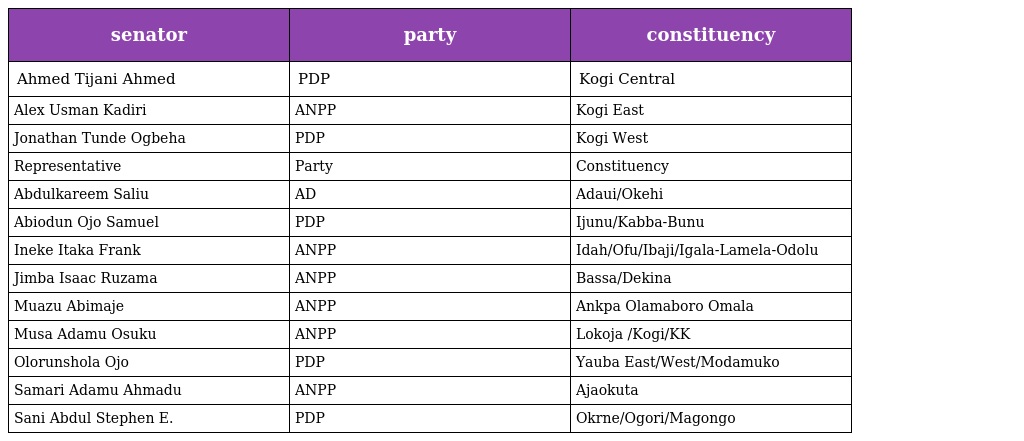
| senator | party | constituency |
 | --- | --- | --- |
 | Ahmed Tijani Ahmed | PDP | Kogi Central |
 | Alex Usman Kadiri | ANPP | Kogi East |
 | Jonathan Tunde Ogbeha | PDP | Kogi West |
 | Representative | Party | Constituency |
 | Abdulkareem Saliu | AD | Adaui/Okehi |
 | Abiodun Ojo Samuel | PDP | Ijunu/Kabba-Bunu |
 | Ineke Itaka Frank | ANPP | Idah/Ofu/Ibaji/Igala-Lamela-Odolu |
 | Jimba Isaac Ruzama | ANPP | Bassa/Dekina |
 | Muazu Abimaje | ANPP | Ankpa Olamaboro Omala |
 | Musa Adamu Osuku | ANPP | Lokoja /Kogi/KK |
 | Olorunshola Ojo | PDP | Yauba East/West/Modamuko |
 | Samari Adamu Ahmadu | ANPP | Ajaokuta |
 | Sani Abdul Stephen E. | PDP | Okrne/Ogori/Magongo |